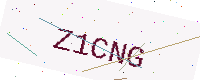
Text: Z1CNG